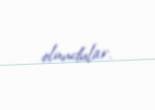
olundular.